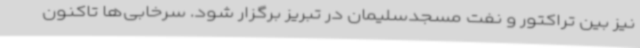
نیز بین تراکتور و نفت مسجدسلیمان در تبریز برگزار شود. سرخابی‌ها تاکنون